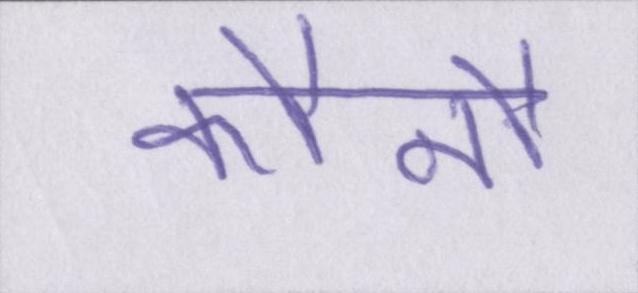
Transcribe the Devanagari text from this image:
कौनौ